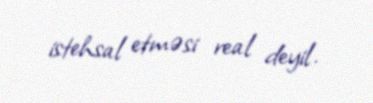
istehsal etməsi real deyil.